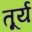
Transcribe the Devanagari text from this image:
तूर्य